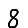
Digit: 8